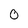
Character: 0